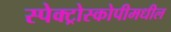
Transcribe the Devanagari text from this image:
स्पेक्ट्रोस्कोपीमधील